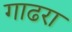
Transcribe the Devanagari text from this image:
गाढरा